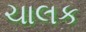
ચાલક